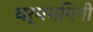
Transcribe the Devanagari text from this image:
धर्मभगिनी